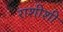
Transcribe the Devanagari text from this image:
राशीशी